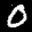
Label: 0